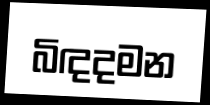
බිඳදමන